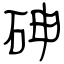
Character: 砷